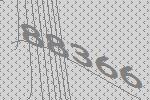
88366